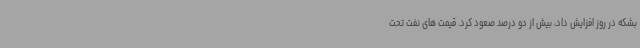
بشکه در روز افزایش داد، بیش از دو درصد صعود کرد. قیمت های نفت تحت